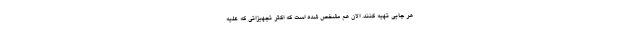
هر جایی تهیه کنند. الان هم مشخص شده است که اکثر تجهیزاتی که علیه